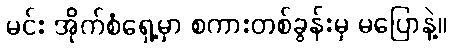
မင်း အိုက်စံရှေ့မှာ စကားတစ်ခွန်းမှ မပြောနဲ့။